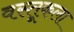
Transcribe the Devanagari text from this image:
वस्तूकला